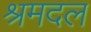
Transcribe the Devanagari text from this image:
श्रमदल